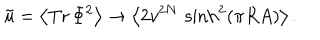
LaTeX: \tilde { u } = \left< \mathrm { T r } \, \Phi ^ { 2 } \right> \rightarrow \left< 2 v ^ { 2 N } \, \sinh ^ { 2 } ( \pi R A ) \right> .